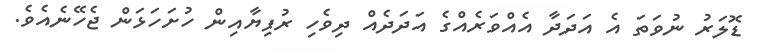
ޑޮލަރު ނުވަތަ އެ އަދަދާ އެއްވަރެއްގެ އަދަދެއް ދިވެހި ރުފިޔާއިން ހުށަހަޅަން ޖެހޭނެއެވެ.